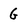
Character: G